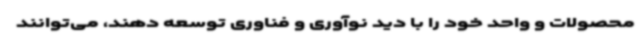
محصولات و واحد خود را با دید نوآوری و فناوری توسعه دهند، می‌توانند